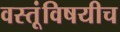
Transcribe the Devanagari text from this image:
वस्तूंविषयीच